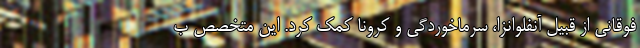
فوقانی از قبیل آنفلوانزا، سرماخوردگی و کرونا کمک کرد. این متخصص ب